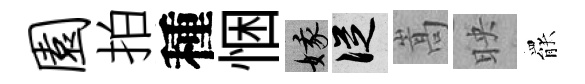
园拍種悃娥從嵩映罷